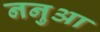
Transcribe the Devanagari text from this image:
ननुआ